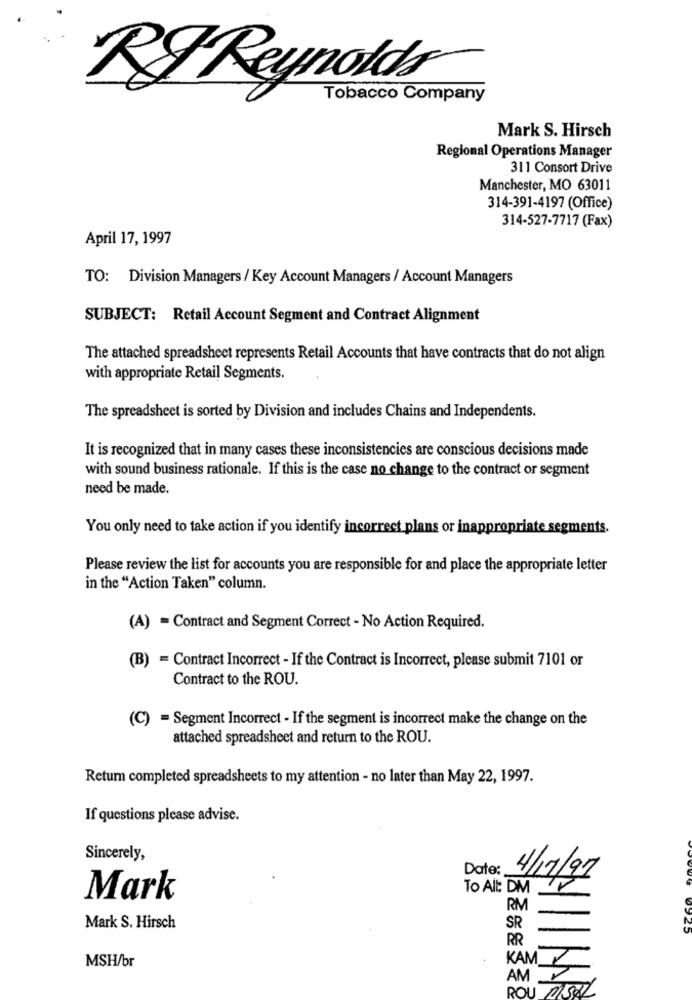
RI Reynolds
Tobacco Company
Mark S. Hirsch
Regional Operations Manager
311 Consort Drive
Manchester, MO 63011
314-391-4197 (Office)
314-527-7717 (Fax)
April 17, 1997
TO: Division Managers / Key Account Managers / Account Managers
SUBJECT: Retail Account Segment and Contract Alignment
The attached spreadsheet represents Retail Accounts that have contracts that do not align
with appropriate Retail Segments.
The spreadsheet is sorted by Division and includes Chains and Independents.
It is recognized that in many cases these inconsistencies are conscious decisions made
with sound business rationale. If this is the case no change to the contract or segment
need be made.
You only need to take action if you identify incorrect plans or inappropriate segments.
Please review the list for accounts you are responsible for and place the appropriate letter
in the "Action Taken" column.
(A) = Contract and Segment Correct - No Action Required.
(B) = Contract Incorrect - If the Contract is Incorrect, please submit 7101 or
Contract to the ROU.
(C) = Segment Incorrect - If the segment is incorrect make the change on the
attached spreadsheet and return to the ROU.
Return completed spreadsheets to my attention - no later than May 22, 1997.
If questions please advise.
Sincerely,
Date:
To Alt: DM
4/12/97
Mark
RM
Mark S. Hirsch
SR
25
RR
MSH/br
KAM
AM
ROU MISAEL